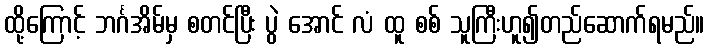
ထို့ကြောင့် ဘင်္ဂအိမ်မှ စတင်ပြီး ပွဲ အောင် လံ ထူ စစ် သူကြီးဟူ၍တည်ဆောက်ရမည်။